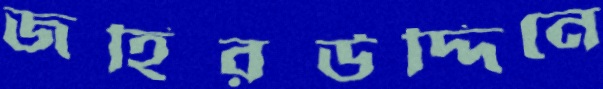
জহিরউদ্দিনে